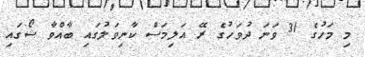
މި މަހުގެ 31 ވަނަ ދުވަހުގެ ރޭ އަލިމަސް ކާނިވަލުގައި ބާއްވާ ޝޯގައި